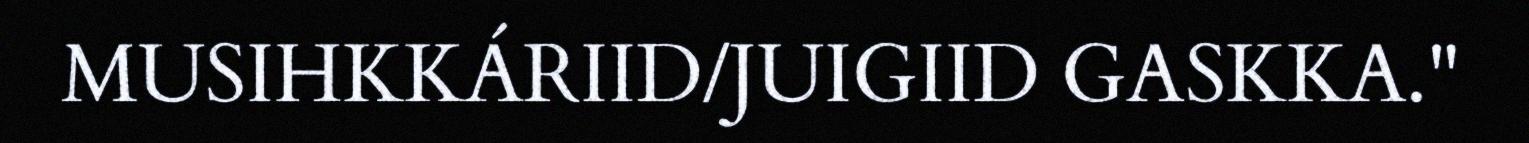
MUSIHKKÁRIID/JUIGIID GASKKA."